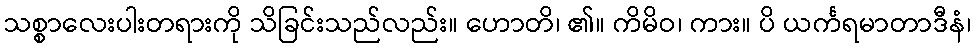
သစ္စာလေးပါးတရားကို သိခြင်းသည်လည်း။ ဟောတိ၊ ၏။ ကိမိဝ၊ ကား။ ပိ ယင်္ကရမာတာဒီနံ၊